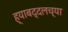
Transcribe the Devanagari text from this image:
ह्याबद्दलच्या